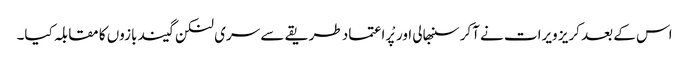
اس کے بعد کریز ویرات نے آکر سنبھالی اور پْراعتماد طریقے سے سری لنکن گیند بازوں کا مقابلہ کیا۔